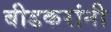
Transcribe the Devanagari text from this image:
बीडकरांनी